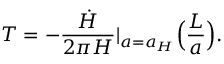
T = - { \frac { \dot { H } } { 2 \pi H } } | _ { a = a _ { H } } \Big ( { \frac { L } { a } } \Big ) .